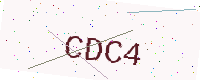
Text: CDC4